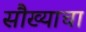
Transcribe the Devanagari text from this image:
सौख्याचा